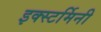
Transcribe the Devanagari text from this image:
इक्स्टर्मिनी